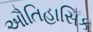
ઔતિહાસિક